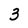
Character: 3